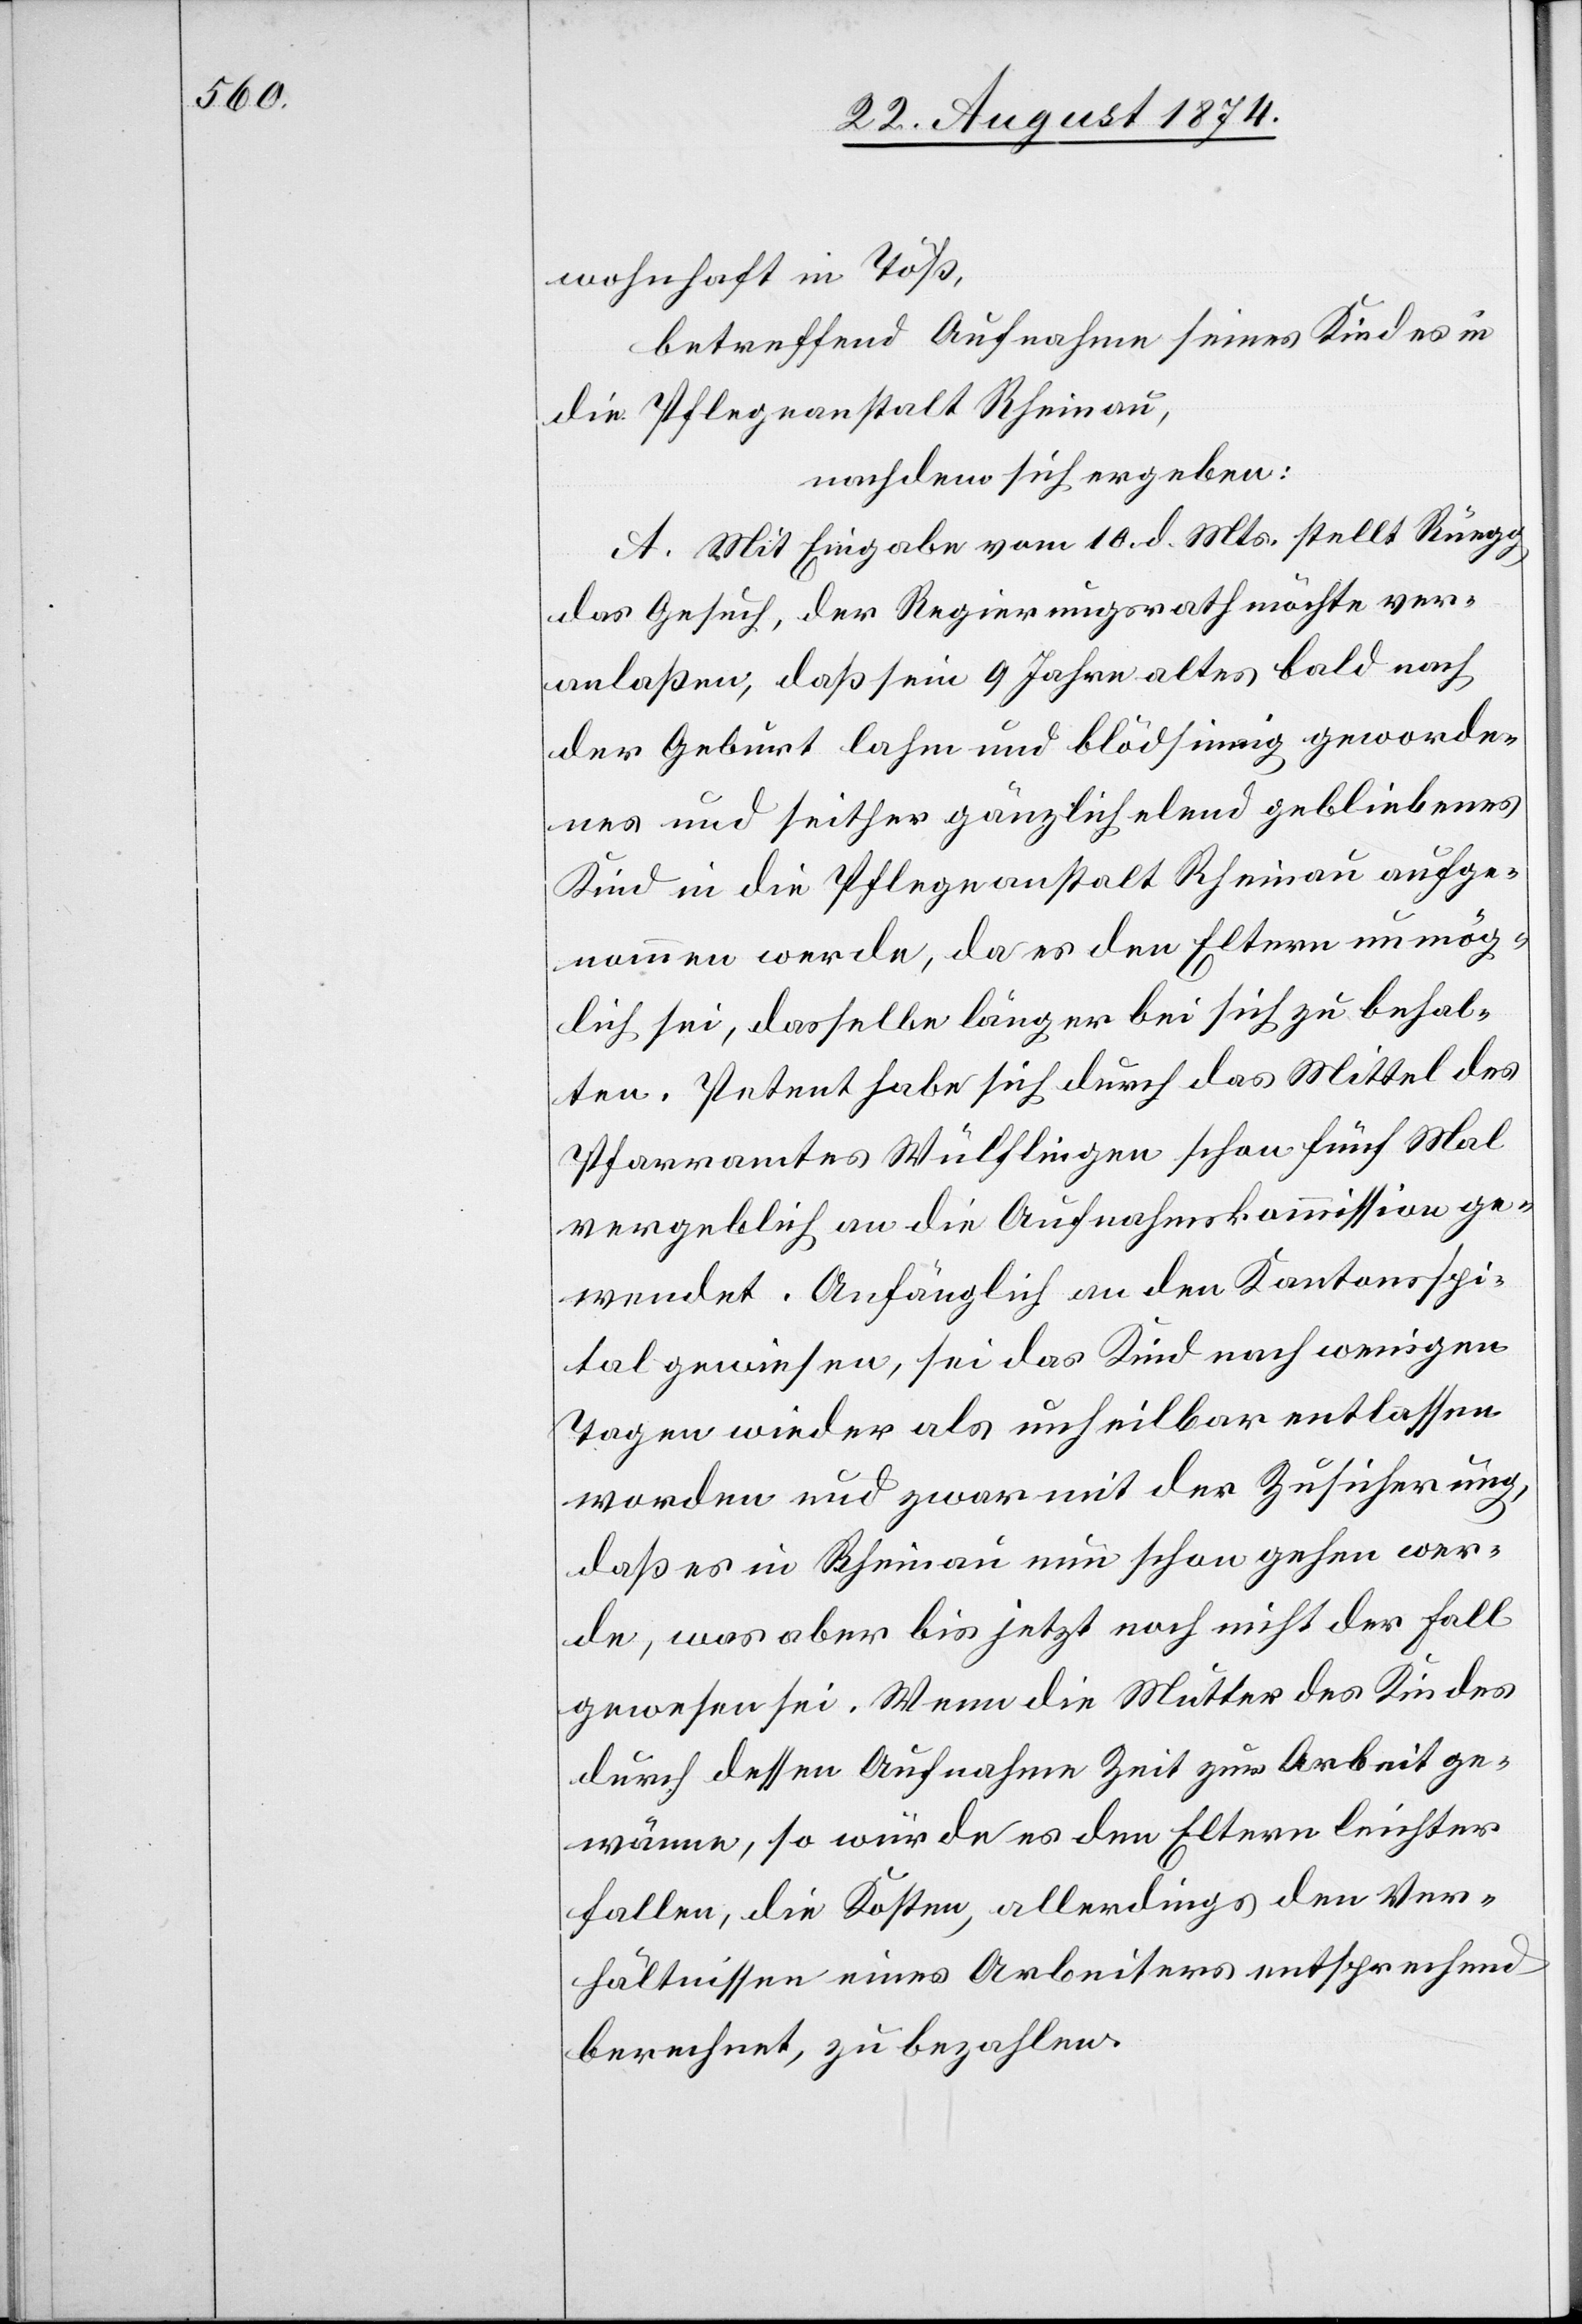
wohnhaft in Töß,
betreffend Aufnahme seines Kindes in
die Pflegeanstalt Rheinau,
nachdem sich ergeben:
A. Mit Eingabe vom 10. d. Mts. stellt Rüegg
das Gesuch, der Regierungsrath möchte ver¬
anlaßen, daß sein 9 Jahre altes bald nach
der Geburt lahm und blödsinnig geworde¬
nes und seither gänzlich elend gebliebenes
Kind in die Pflegeanstalt Rheinau aufge¬
nommen werde, da es den Eltern unmög¬
lich sei, dasselbe länger bei sich zu behal¬
ten. Petent habe sich durch das Mittel des
Pfarramtes Wülflingen schon fünf Mal
vergeblich an die Aufnahmskommission ge¬
wendet. Anfänglich an den Kantonsspi¬
tal gewiesen, sei das Kind nach wenigen
Tagen wieder als unheilbar entlassen
worden und zwar mit der Zusicherung,
daß es in Rheinau nun schon gehen wer¬
de, was aber bis jetzt noch nicht der Fall
gewesen sei. Wenn die Mutter des Kindes
durch dessen Aufnahme Zeit zur Arbeit ge¬
wänne, so würde es den Eltern leichter
fallen, die Kosten, allerdings den Ver¬
hältnissen eines Arbeiters entsprechend
berechnet, zu bezahlen.